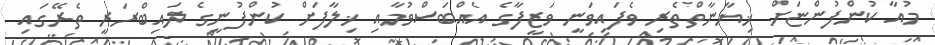
މުއާ ކުންފުންޏަށް ޚިޔާނާތްތެރި ވެފައިވަނީ ވަޒީފާގެ އެއްބަސްވުމާއި ޚިލާފަށް ކުންފުނީގެ ލައިބްރަރީ ތެރޭގައި